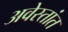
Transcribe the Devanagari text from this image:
अवेस्तांत